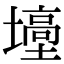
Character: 㙵